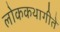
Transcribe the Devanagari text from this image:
लोककथागीते